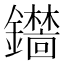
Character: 𫓞